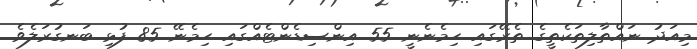
މިއަދު ނައްތާލިތަކެތީގެ ތެރޭގައި ހިމެނެނީ 55 އިންސިޑެންޓެއްގައި ހިމެނޭ 85 ފުޅި ބަނގުރަލެވެ.